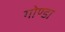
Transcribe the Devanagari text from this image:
गोण्‍डा